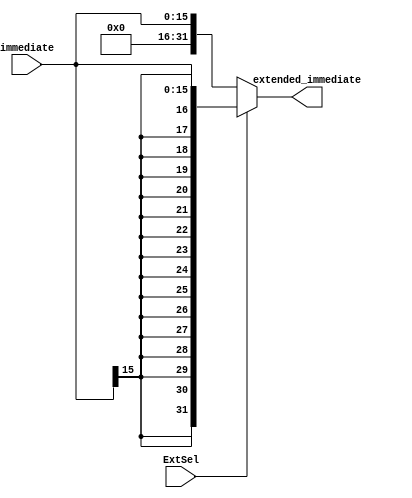
`timescale 1ns / 1ps

module Extend(
	input [15:0] immediate,
	input ExtSel,
	output [31:0] extended_immediate
    );

	assign extended_immediate = (ExtSel)?{{16{immediate[15]}}, immediate[15:0]}
											:{{16{1'b0}}, immediate[15:0]};
endmodule